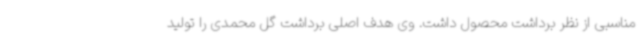
مناسبی از نظر برداشت محصول داشت. وی هدف اصلی برداشت گل محمدی را تولید